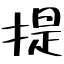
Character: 提